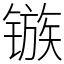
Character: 镞